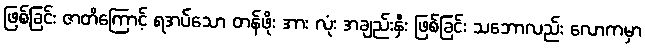
ဖြစ်ခြင်း ဇာတိကြောင့် ရအပ်သော တန်ဖိုး အား လုံး အချည်းနှီး ဖြစ်ခြင်း သဘောလည်း လောကမှာ